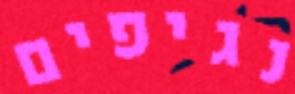
נגיפים